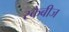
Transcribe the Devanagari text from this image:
स्केबीज